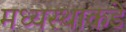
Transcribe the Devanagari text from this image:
मध्यस्थाकडे